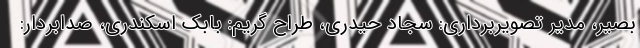
بصیر، مدیر تصویربرداری: سجاد حیدری، طراح گریم: بابک اسکندری، صدابردار: